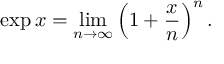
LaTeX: \exp x = \operatorname* { l i m } _ { n \to \infty } \left( 1 + { \frac { x } { n } } \right) ^ { n } .